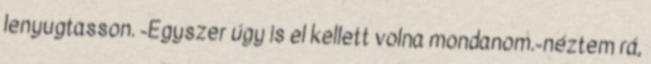
lenyugtasson. -Egyszer úgy is el kellett volna mondanom.-néztem rá,